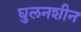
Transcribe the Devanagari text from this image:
घुलनशीन